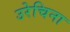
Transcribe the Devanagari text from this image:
उरेचिना